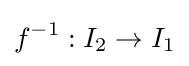
f^{-1}:I_{2}\to I_{1}